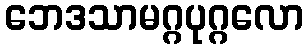
ဘေဒသာမဂ္ဂပုဂ္ဂလော